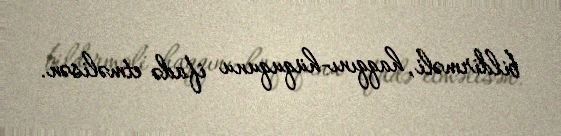
bildirməli, haqqını-hüququnu ifadə etməlisən.